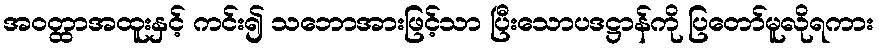
အဝတ္ထာအထူးနှင့် ကင်း၍ သဘောအားဖြင့်သာ ပြီးသောပဒဋ္ဌာန်ကို ပြတော်မူလိုရကား